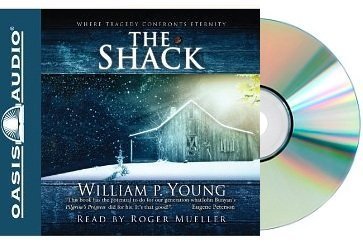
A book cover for THE SHACK Audio CD: Where Tragedy Confronts Eternity [Audiobook, CD, Unabridged] (The Shack Audiobook); William Paul Young; Christian Books & Bibles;